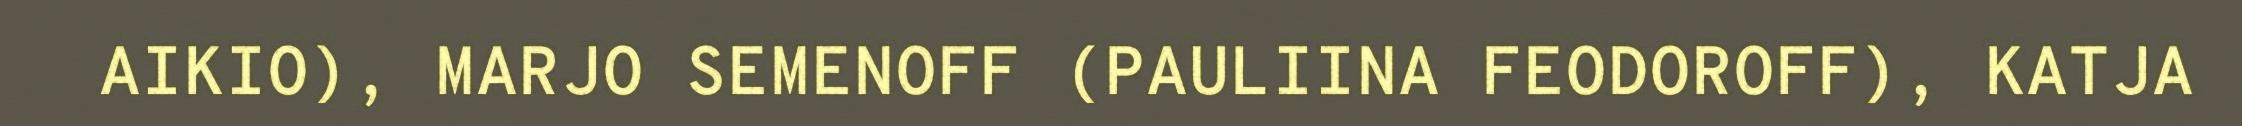
AIKIO), MARJO SEMENOFF (PAULIINA FEODOROFF), KATJA